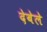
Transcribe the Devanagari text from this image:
देबेले